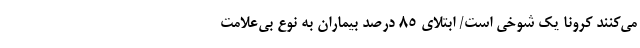
می‌کنند کرونا یک شوخی است/ ابتلای ۸۵ درصد بیماران به نوع بی‌علامت